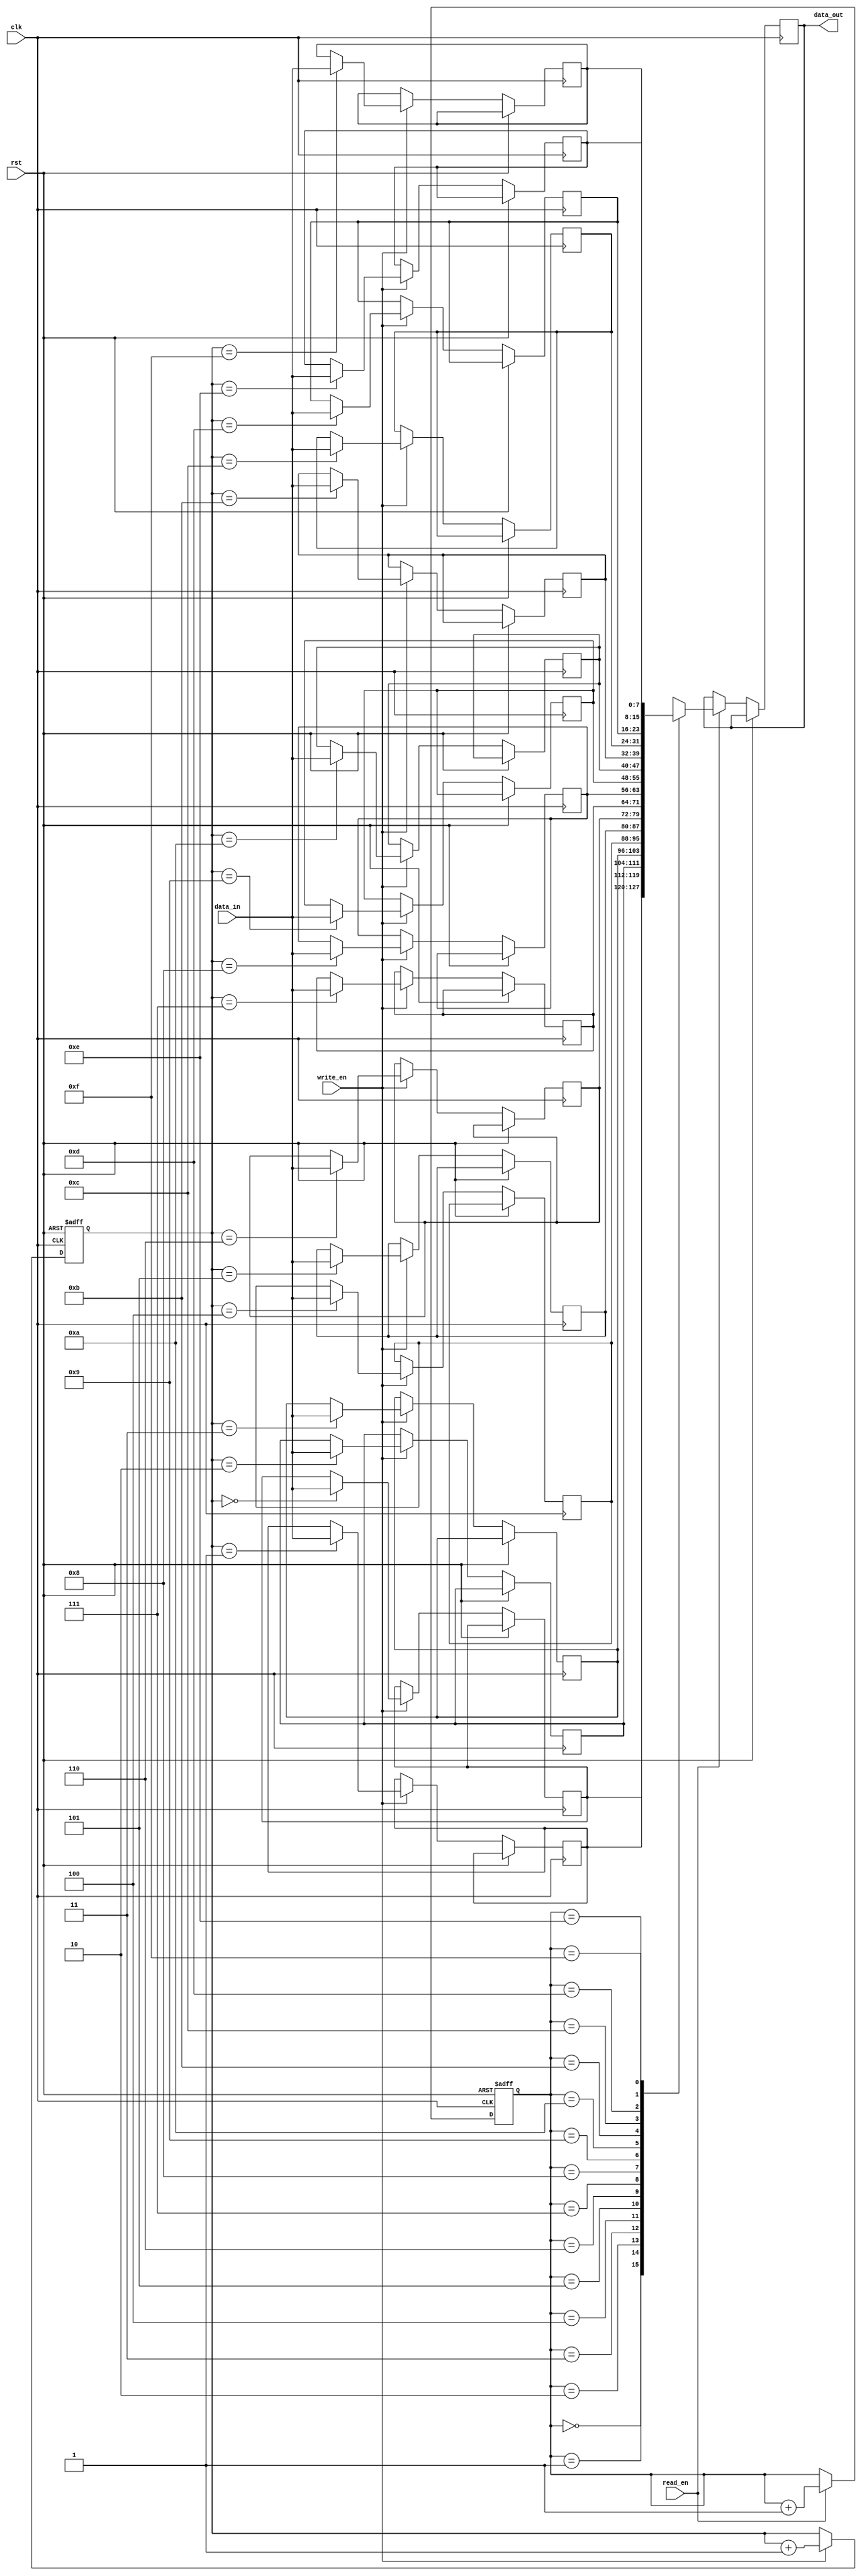
module Last_Word_Fall_Through_FIFO (
    input wire clk,
    input wire rst,
    input wire write_en,
    input wire read_en,
    input wire [7:0] data_in,
    output reg [7:0] data_out
);

reg [7:0] memory [0:15];
reg [3:0] write_ptr = 0;
reg [3:0] read_ptr = 0;

always @ (posedge clk or posedge rst)
begin
    if (rst)
    begin
        write_ptr <= 0;
        read_ptr <= 0;
    end
    else
    begin
        if (write_en)
        begin
            memory[write_ptr] <= data_in;
            write_ptr <= write_ptr + 1;
        end
        
        if (read_en)
        begin
            data_out <= memory[read_ptr];
            read_ptr <= read_ptr + 1;
        end
    end
end

endmodule